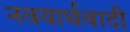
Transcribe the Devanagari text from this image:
नवयार्थवादी